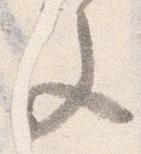
文